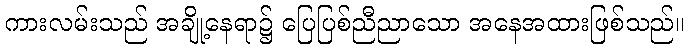
ကားလမ်းသည် အချို့နေရာ၌ ပြေပြစ်ညီညာသော အနေအထားဖြစ်သည်။